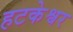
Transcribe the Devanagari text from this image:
हटकेश्वर